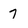
Character: 7